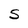
Character: S